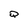
Character: Q